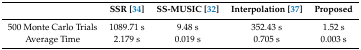
|  | SSR [34] | SS-MUSIC [32] | Interpolation [37] | Proposed |
 | --- | --- | --- | --- | --- |
 | 500 Monte Carlo Trials | 1089.71 s | 9.48 s | 352.43 s | 1.52 s |
 | Average Time | 2.179 s | 0.019 s | 0.705 s | 0.003 s |